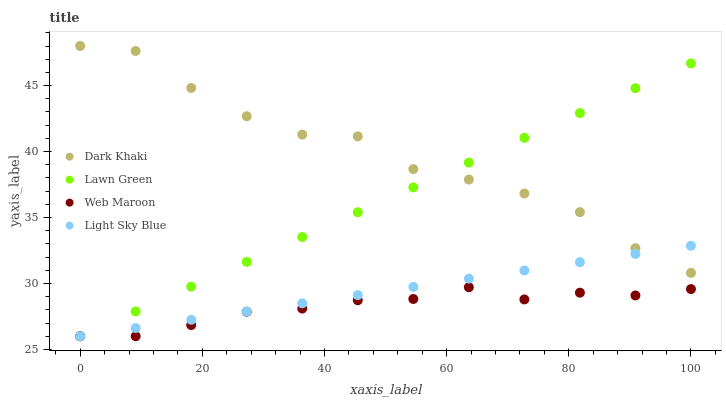
| xaxis_label | Dark Khaki | Lawn Green | Web Maroon | Light Sky Blue |
 | --- | --- | --- | --- | --- |
 | 0 | 48 | 26 | 26 | 26 |
 | 9.09 | 47.6 | 27.9 | 26 | 26.6 |
 | 18.2 | 44.8 | 29.8 | 26.8 | 27.2 |
 | 27.3 | 42.7 | 31.6 | 27.9 | 27.9 |
 | 36.4 | 41.3 | 33.5 | 28.1 | 28.5 |
 | 45.5 | 41.2 | 35.4 | 28.7 | 29.1 |
 | 54.5 | 38.7 | 37.3 | 28.8 | 29.7 |
 | 63.6 | 37.9 | 39.2 | 29.7 | 30.4 |
 | 72.7 | 36.8 | 41 | 28.8 | 31 |
 | 81.8 | 35.4 | 42.9 | 29.3 | 31.6 |
 | 90.9 | 32.7 | 44.8 | 29.1 | 32.2 |
 | 100 | 30.8 | 46.7 | 29.6 | 32.9 |